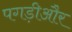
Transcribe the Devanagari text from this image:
पगड़ीऔर